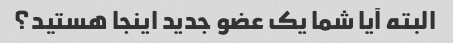
البته آیا شما یک عضو جدید اینجا هستید؟